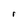
Character: r